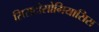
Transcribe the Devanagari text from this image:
सिसटोसोमियासिस